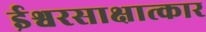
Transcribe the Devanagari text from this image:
ईश्वरसाक्षात्कार